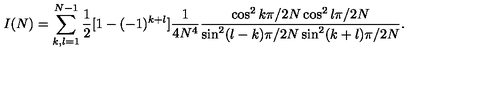
I ( N ) = \sum _ { k , l = 1 } ^ { N - 1 } \frac { 1 } { 2 } [ 1 - ( - 1 ) ^ { k + l } ] \frac { 1 } { 4 N ^ { 4 } } \frac { \cos ^ { 2 } k \pi / 2 N \cos ^ { 2 } l \pi / 2 N } { \sin ^ { 2 } ( l - k ) \pi / 2 N \sin ^ { 2 } ( k + l ) \pi / 2 N } .